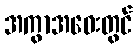
အကွာအဝေးတွင်